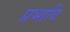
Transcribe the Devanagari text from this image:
प्रभावि